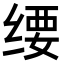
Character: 𬘱